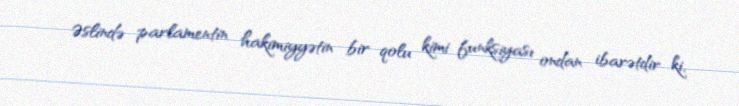
Əslində parlamentin hakimiyyətin bir qolu kimi funksiyası ondan ibarətdir ki,